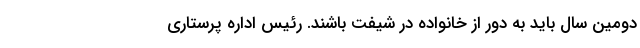
دومین سال باید به دور از خانواده در شیفت باشند. رئیس اداره پرستاری